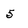
Character: 5